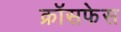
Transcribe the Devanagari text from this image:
क्रॉसफेस